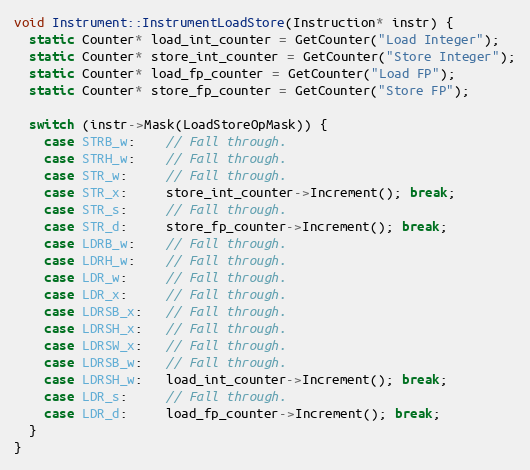
Language: C++
void Instrument::InstrumentLoadStore(Instruction* instr) {
  static Counter* load_int_counter = GetCounter("Load Integer");
  static Counter* store_int_counter = GetCounter("Store Integer");
  static Counter* load_fp_counter = GetCounter("Load FP");
  static Counter* store_fp_counter = GetCounter("Store FP");

  switch (instr->Mask(LoadStoreOpMask)) {
    case STRB_w:    // Fall through.
    case STRH_w:    // Fall through.
    case STR_w:     // Fall through.
    case STR_x:     store_int_counter->Increment(); break;
    case STR_s:     // Fall through.
    case STR_d:     store_fp_counter->Increment(); break;
    case LDRB_w:    // Fall through.
    case LDRH_w:    // Fall through.
    case LDR_w:     // Fall through.
    case LDR_x:     // Fall through.
    case LDRSB_x:   // Fall through.
    case LDRSH_x:   // Fall through.
    case LDRSW_x:   // Fall through.
    case LDRSB_w:   // Fall through.
    case LDRSH_w:   load_int_counter->Increment(); break;
    case LDR_s:     // Fall through.
    case LDR_d:     load_fp_counter->Increment(); break;
  }
}